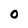
Character: O